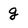
Character: g